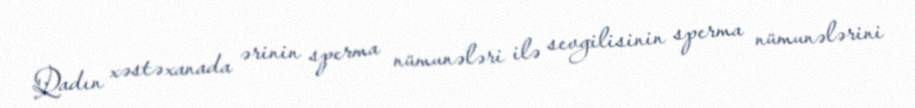
Qadın xəstəxanada ərinin sperma nümunələri ilə sevgilisinin sperma nümunələrini